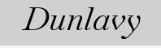
Dunlavy